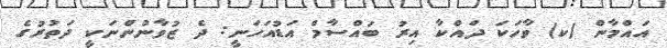
އައްމާން (ކ) ވާހަކަ ދައްކާ އިރު ބައްސާމް އަޑުއަހަނީ: ދެ ޒުވާނުންނަކީ ދަތުރުގެ